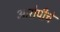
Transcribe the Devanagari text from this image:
आरोपीचे